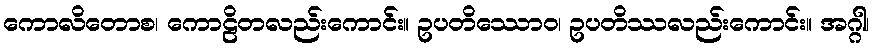
ကောလိတောစ၊ ကောဠိတလည်းကောင်း။ ဥပတိဿောဝ၊ ဥပတိဿလည်းကောင်း။ အဂ္ဂါ၊